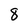
Character: 8